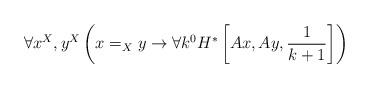
LaTeX: \begin{align*}\forall x^X,y^X\left(x=_Xy\rightarrow\forall k^0 H^*\left[Ax,Ay,\frac{1}{k+1}\right] \right)\end{align*}